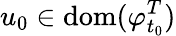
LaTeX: u_{0}\in\mathrm{dom}(\varphi_{t_{0}}^{T})